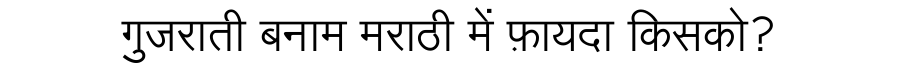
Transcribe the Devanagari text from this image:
गुजराती बनाम मराठी में फ़ायदा किसको?